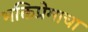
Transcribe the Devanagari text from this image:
भक्तिप्रेमाचा